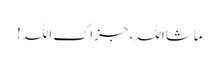
ماشااللہ ، جزاک اللہ !